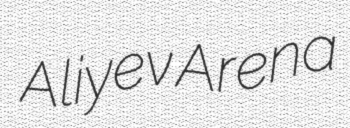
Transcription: Aliyev Arena